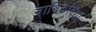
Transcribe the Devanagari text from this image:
नाविकविद्या